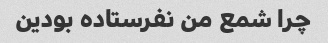
چرا شمع من نفرستاده بودین